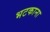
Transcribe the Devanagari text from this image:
भटकाना